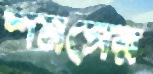
শমসের